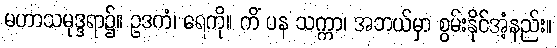
မဟာသမုဒ္ဒရာ၌။ ဥဒကံ၊ ရေကို။ ကိံ ပန သက္ကာ၊ အဘယ်မှာ စွမ်းနိုင်အံ့နည်း။